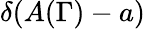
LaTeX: \delta(A(\Gamma)-a)